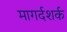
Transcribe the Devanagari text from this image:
मागर्दशर्क